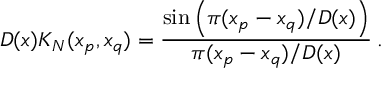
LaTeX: D ( x ) K _ { N } ( x _ { p } , x _ { q } ) = \frac { \sin \left( \pi ( x _ { p } - x _ { q } ) / D ( x ) \right) } { \pi ( x _ { p } - x _ { q } ) / D ( x ) } \: .